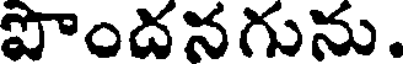
పొందనగును.